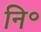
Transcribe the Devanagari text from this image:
नि॰